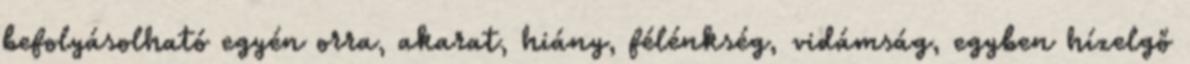
befolyásolható egyén orra, akarat, hiány, félénkség, vidámság, egyben hízelgő